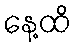
နေ့ထိ